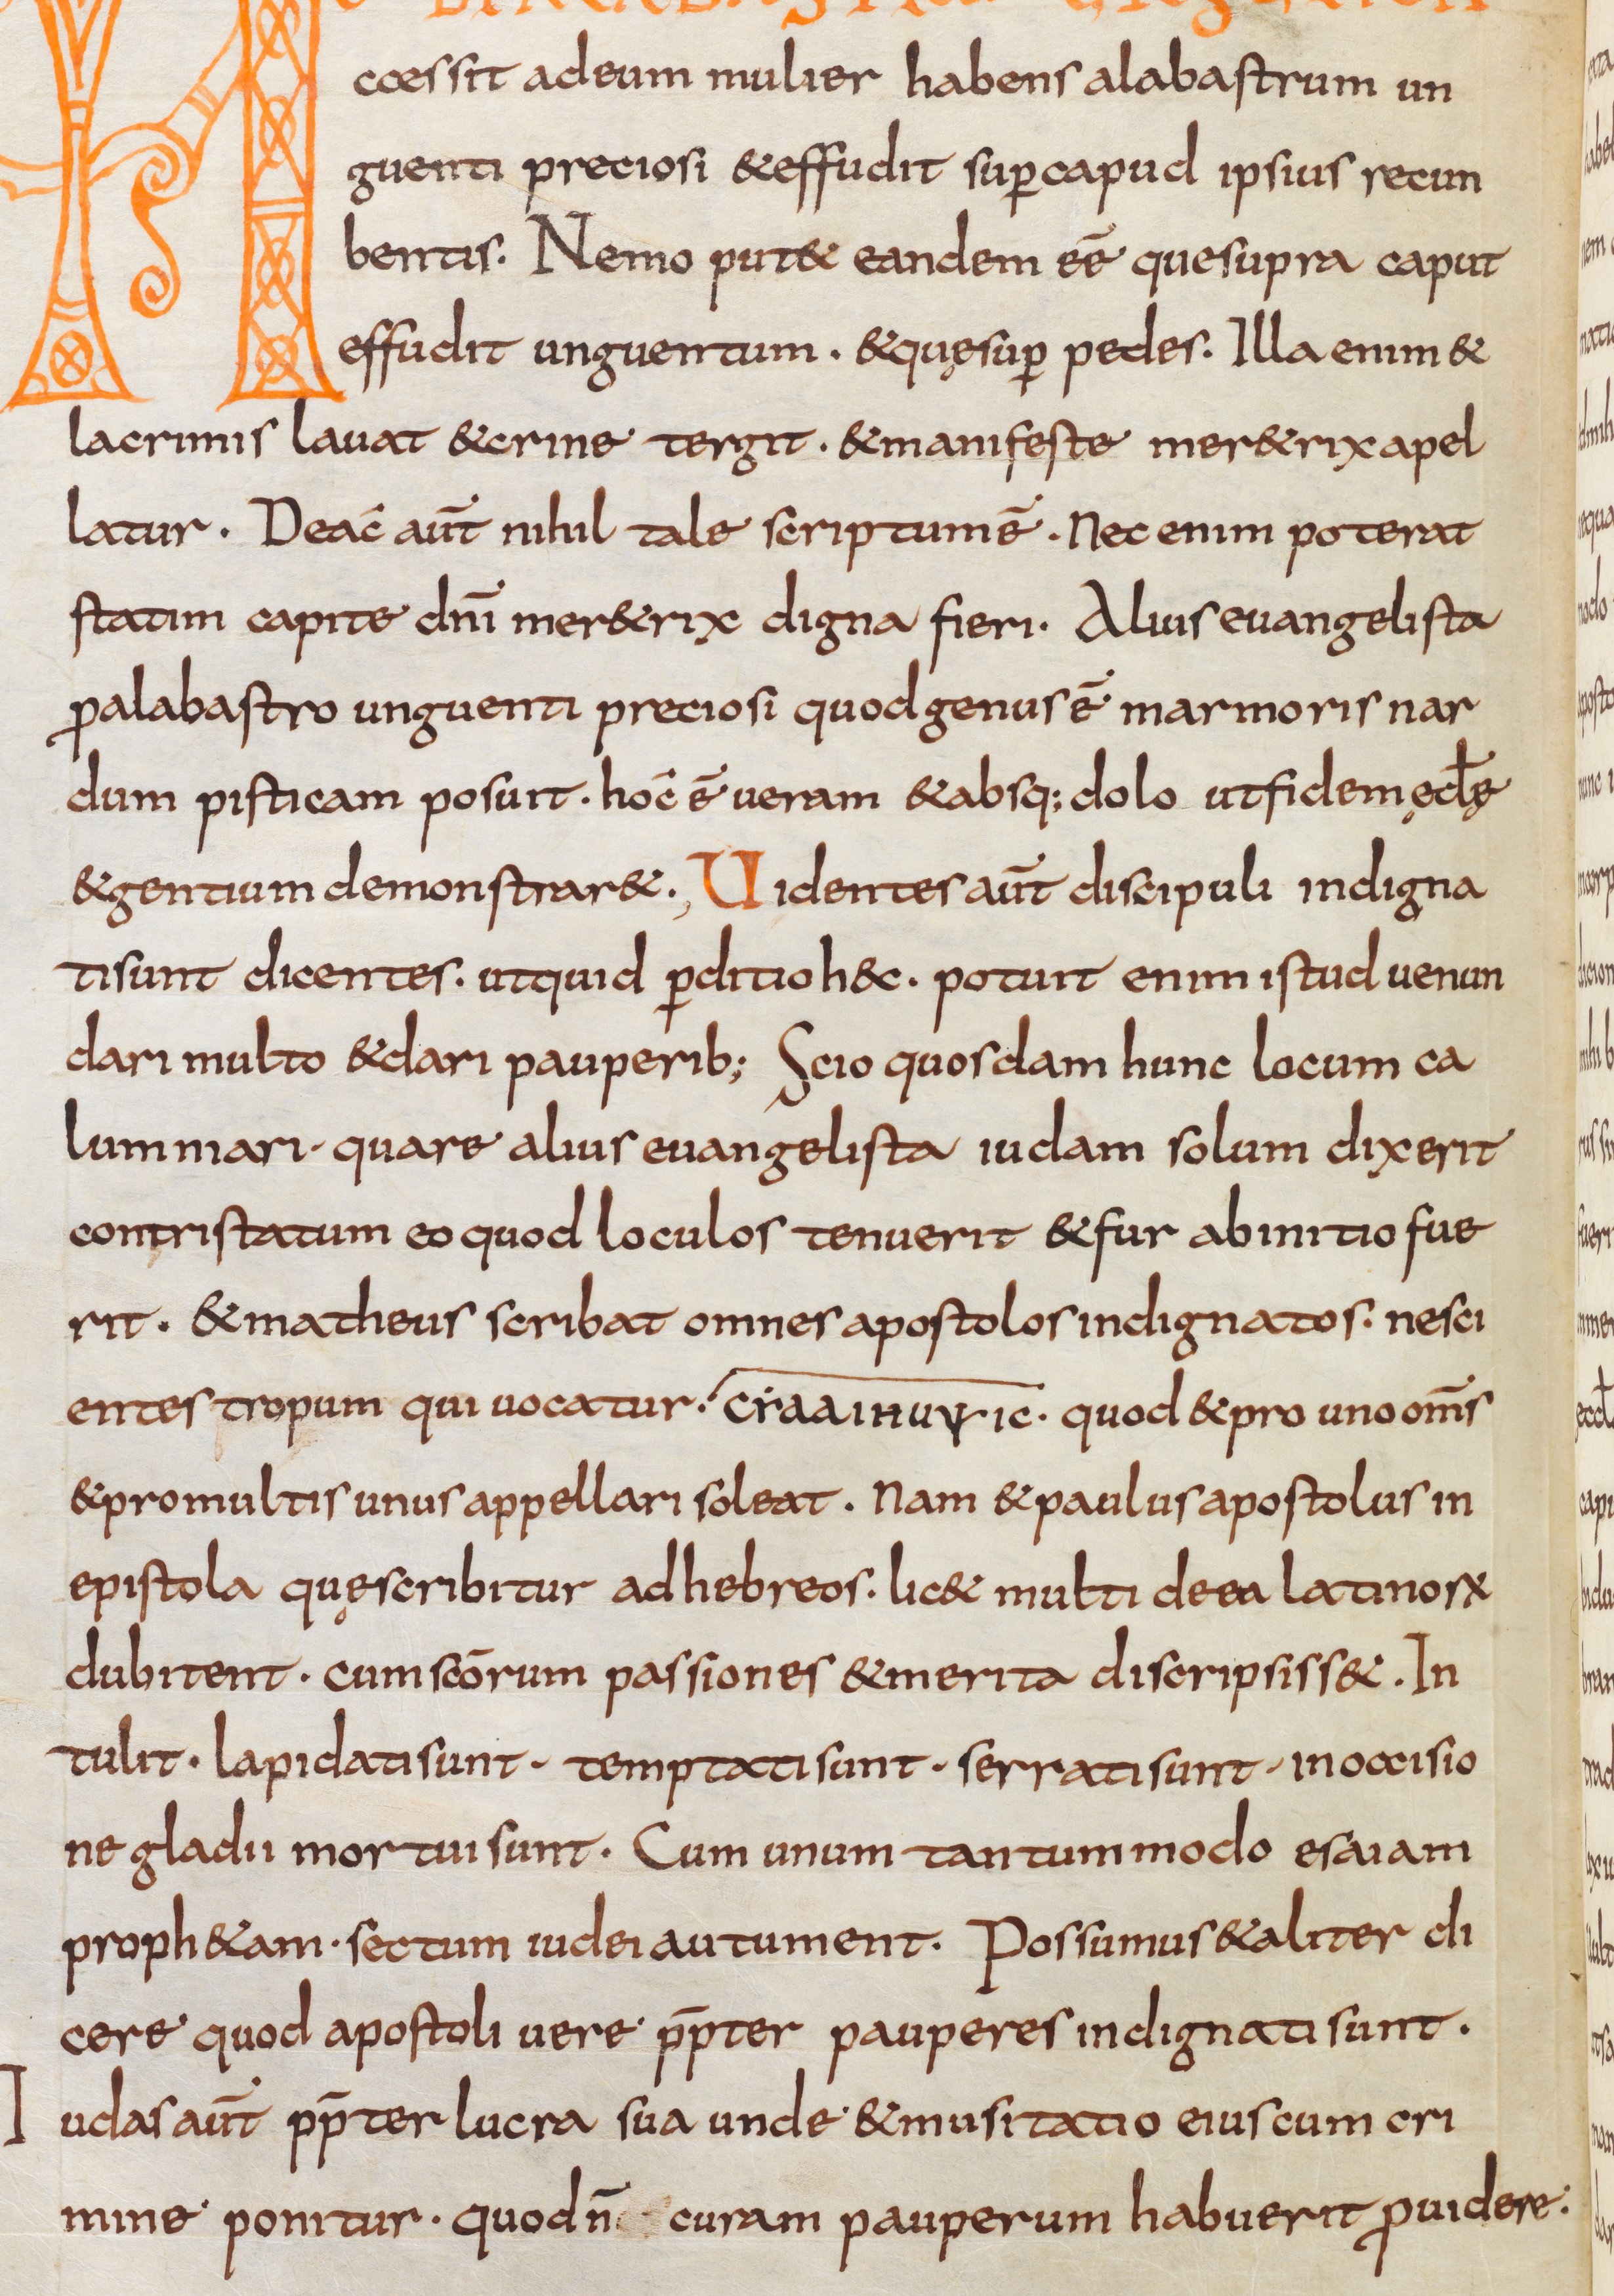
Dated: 800–832